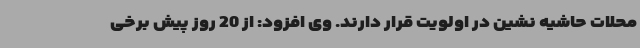
محلات حاشیه نشین در اولویت قرار دارند. وی افزود: از 20 روز پیش برخی